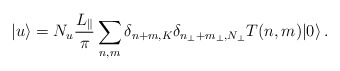
\begin{align*}|u\rangle = N_u \frac{L_\|}{\pi} \sum_{n,m}\delta_{n+m,K}\delta_{n_\perp+m_\perp,N_\perp}T(n,m) |0 \rangle\,.\end{align*}